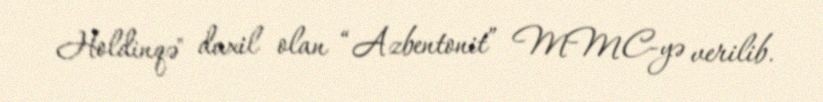
Holdinqə" daxil olan “Azbentonit” MMC-yə verilib.